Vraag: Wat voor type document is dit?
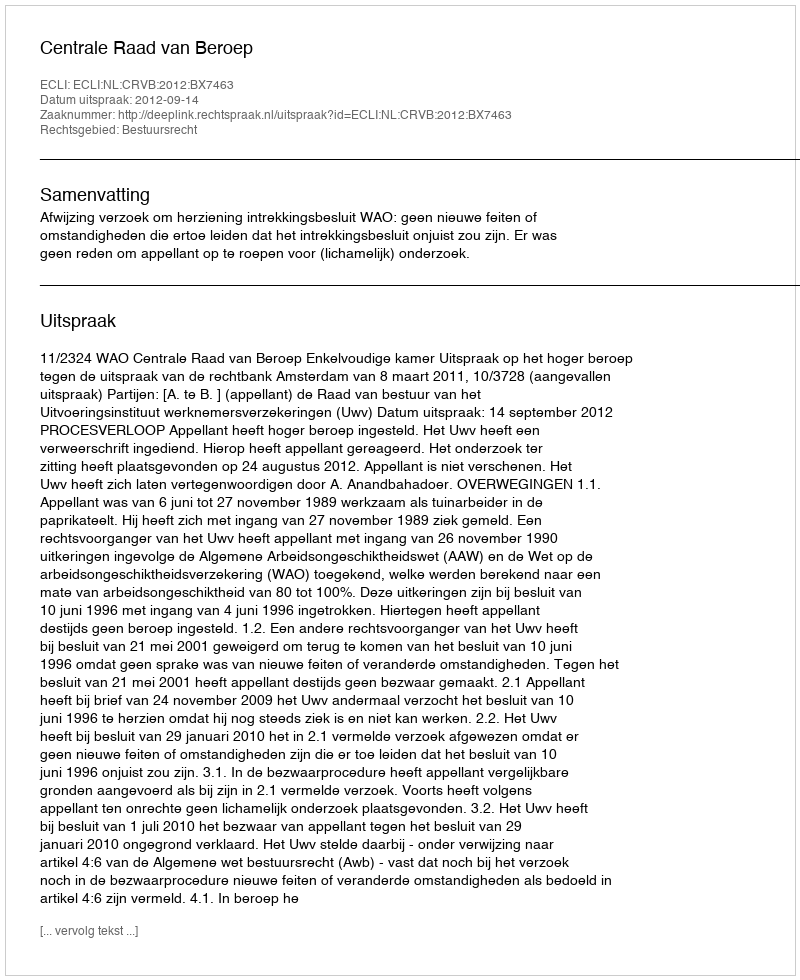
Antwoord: Uitspraak